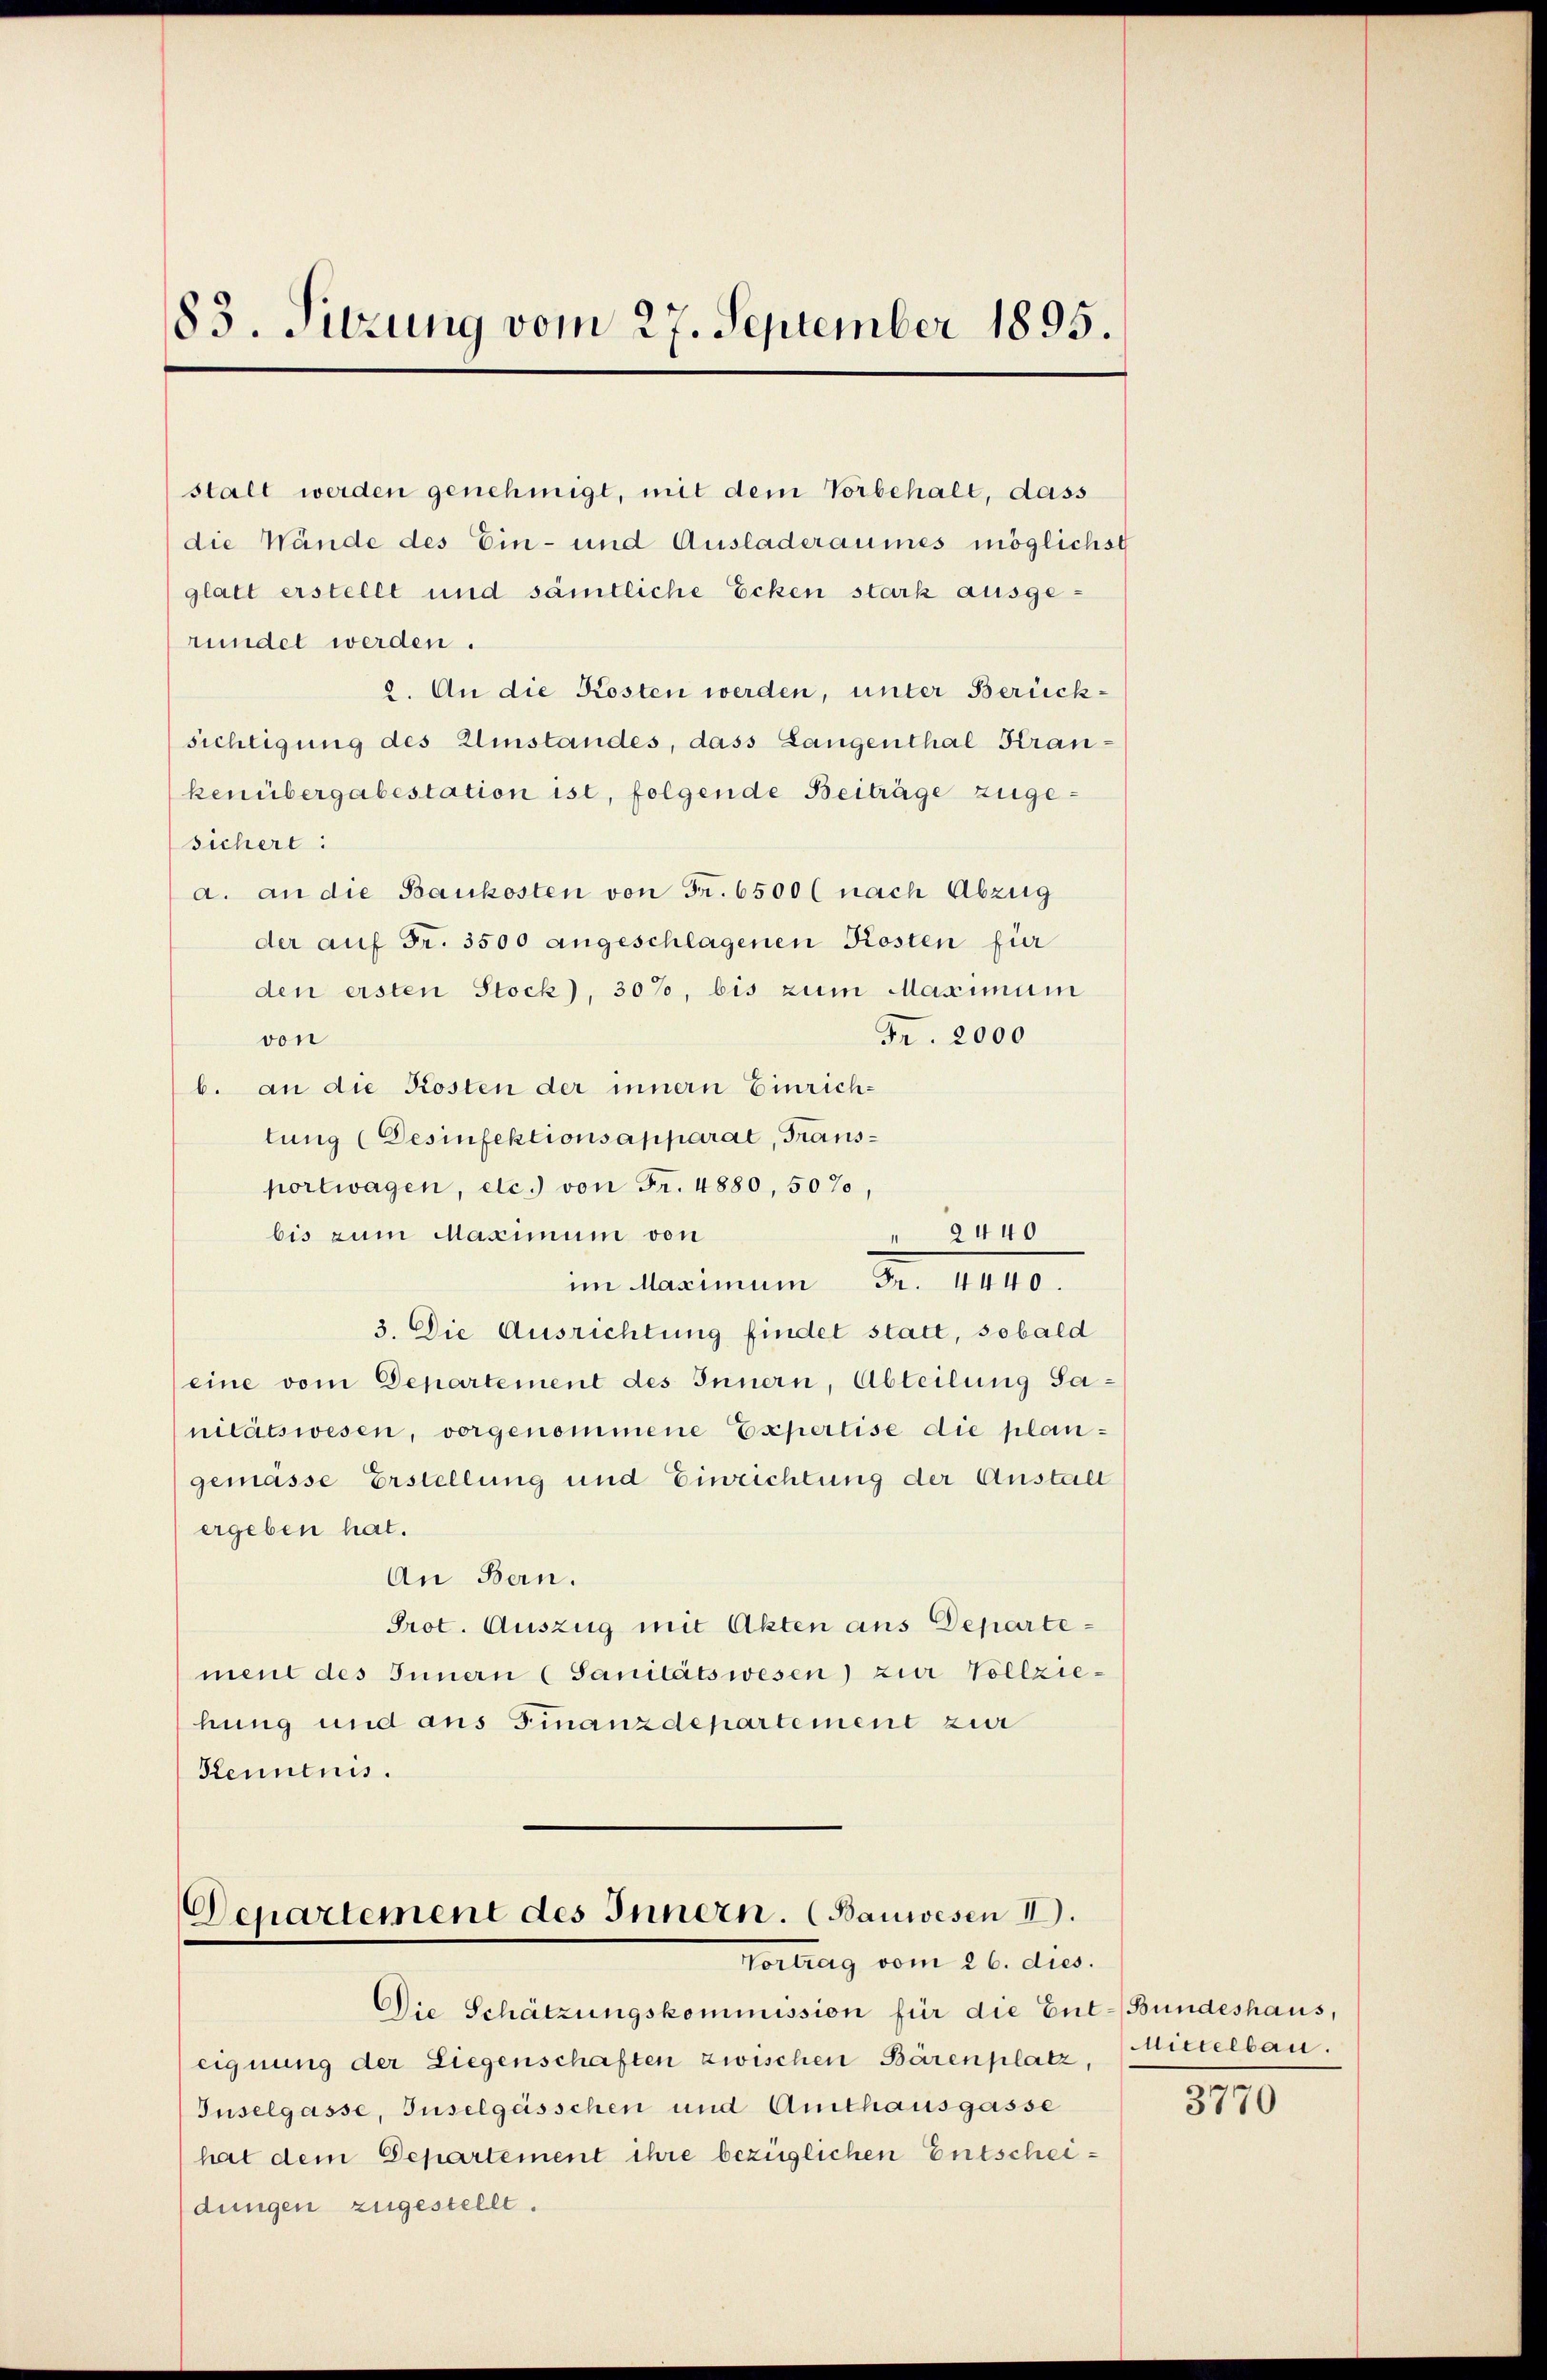
83. Sitzung vom 27. September 1895.

sichere:
a. an die Baukosten von Fr. 6500 (nach Abzug
der auf Fr. 3500 angeschlagenen Kosten für
den ersten Stock), 30%, bis zum Maximum
Fr. 2000
von
b. an die Kosten der innern Einrichtung (Desinfektionsapparat, Transportwagen, etc. von Fr. 4880, 50%,
bis zum Maximum von
" 2440
im Kasimum d. 1440.
3. Die Ausrichtung findet statt, sobald
(eine vom Departement des Innern, Abteilung Sanitätswesen, vorgenommene Expertise die plangemässe Erstellung und Einrichtung der Anstalt
ergeben hat.
An Bern.
Prot. Auszug mit Akten aus Departement des Innern (Sanitätswesen) zur Vollziehung und aus Finanzdepartement zur
Kenntnis.

stalt werden genehmigt, mit dem Vorbehalt, dass
die Wände des Ein- und Ausladeraumes möglichst
glatt erstellt und sämtliche Ecken stark ausgeründet werden.
2. An die Kosten werden, unter Berücksichtigung des Umstandes, dass Langenthal Krankenübergabestation ist, folgende Beiträge zuge¬

Die Schätzungskommission für die Ent-Bundeshaus,
eignung der Liegenschaften zwischen Bärenplatz, Mittelbau.
Inselgasse, Inselgesschen und Amthausgasse
hat dem Departement ihre bezüglichen Entscheidungen zugestellt.

Departement des Innern. (Bauwesen II.
Vortrag vom 26. dies

3770